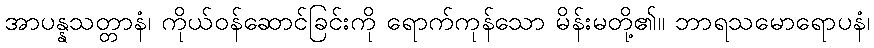
အာပန္နသတ္တာနံ၊ ကိုယ်ဝန်ဆောင်ခြင်းကို ရောက်ကုန်သော မိန်းမတို့၏။ ဘာရသမောရောပနံ၊